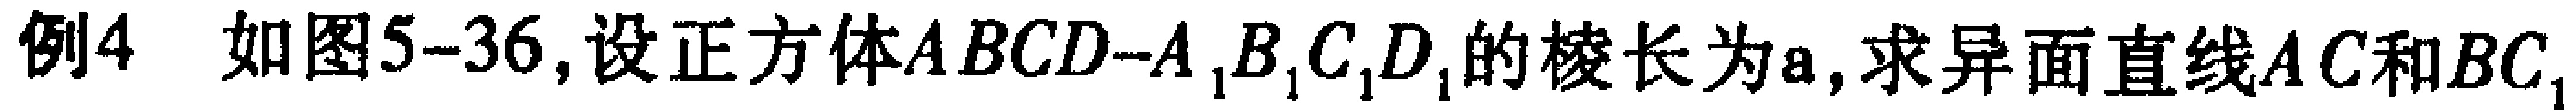
例4 如图5-36,设正方体\(ABCD - A_{1}B_{1}C_{1}D_{1}\)的棱长为\(a\),求异面直线\(AC\)和\(BC_{1}\)